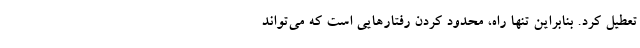
تعطیل کرد. بنابراین تنها راه، محدود کردن رفتارهایی است که می‌تواند